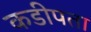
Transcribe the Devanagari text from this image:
कडीपता